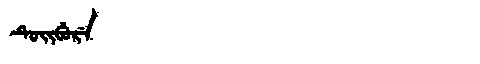
Manchu: ᡨᡠᡳᠪᡠᡵᡝ
Romanization: TUIBURE